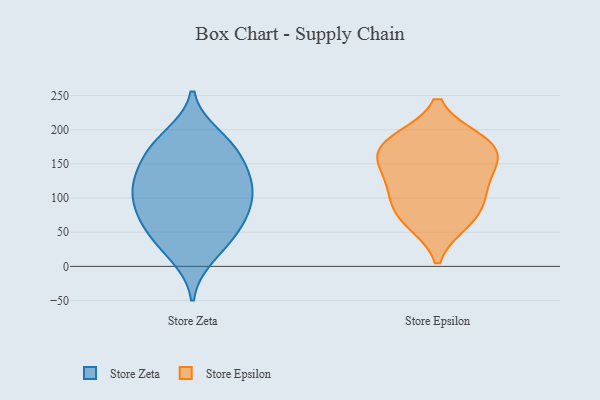
{"axis": {"x": "Page Views", "y": "Value"}, "legend": ["Store Epsilon", "Store Zeta"], "data": [{"x": "", "y": 14, "type": "Store Zeta"}, {"x": "", "y": 172, "type": "Store Zeta"}, {"x": "", "y": 158, "type": "Store Zeta"}, {"x": "", "y": 126, "type": "Store Zeta"}, {"x": "", "y": 52, "type": "Store Zeta"}, {"x": "", "y": 53, "type": "Store Zeta"}, {"x": "", "y": 131, "type": "Store Zeta"}, {"x": "", "y": 186, "type": "Store Zeta"}, {"x": "", "y": 80, "type": "Store Zeta"}, {"x": "", "y": 101, "type": "Store Zeta"}, {"x": "", "y": 93, "type": "Store Zeta"}, {"x": "", "y": 27, "type": "Store Zeta"}, {"x": "", "y": 120, "type": "Store Zeta"}, {"x": "", "y": 160, "type": "Store Zeta"}, {"x": "", "y": 192, "type": "Store Zeta"}, {"x": "", "y": 123, "type": "Store Zeta"}, {"x": "", "y": 60, "type": "Store Zeta"}, {"x": "", "y": 87, "type": "Store Zeta"}, {"x": "", "y": 164, "type": "Store Epsilon"}, {"x": "", "y": 104, "type": "Store Epsilon"}, {"x": "", "y": 65, "type": "Store Epsilon"}, {"x": "", "y": 99, "type": "Store Epsilon"}, {"x": "", "y": 175, "type": "Store Epsilon"}, {"x": "", "y": 142, "type": "Store Epsilon"}, {"x": "", "y": 184, "type": "Store Epsilon"}, {"x": "", "y": 182, "type": "Store Epsilon"}, {"x": "", "y": 136, "type": "Store Epsilon"}, {"x": "", "y": 70, "type": "Store Epsilon"}]}